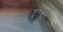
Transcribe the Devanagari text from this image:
टुम्कुर